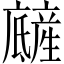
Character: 𤯿